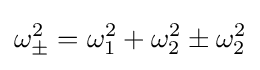
\omega _{\pm }^{2}=\omega _{1}^{2}+\omega _{2}^{2}\pm \omega _{2}^{2}